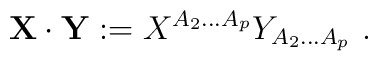
{\bf X}\cdot{\bf Y} := X^{A_2...A_p}Y_{A_2...A_p}\ .